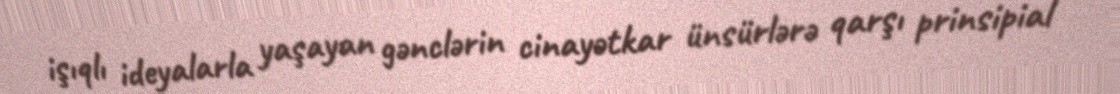
işıqlı ideyalarla yaşayan gənclərin cinayətkar ünsürlərə qarşı prinsipial